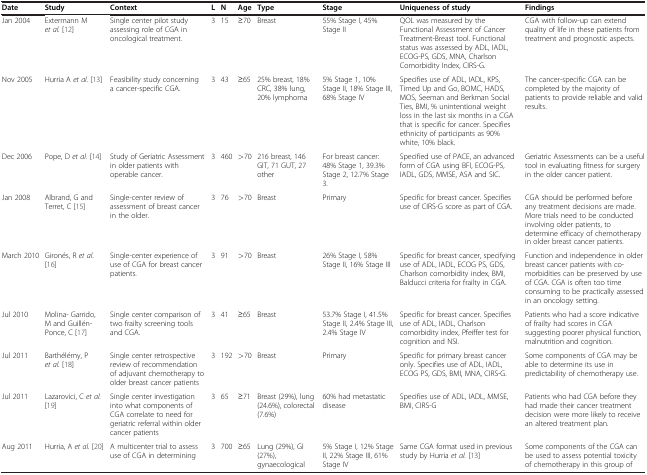
<table><thead><tr><td><b>Date</b></td><td><b>Study</b></td><td><b>Context</b></td><td><b>L</b></td><td><b>N</b></td><td><b>Age</b></td><td><b>Type</b></td><td><b>Stage</b></td><td><b>Uniqueness of study</b></td><td><b>Findings</b></td></tr></thead><tbody><tr><td>Jan 2004</td><td>Extermann M <i>et al.</i>[12]</td><td>Single center pilot study assessing role of CGA in oncological treatment.</td><td>3</td><td>15</td><td>≥70</td><td>Breast</td><td>55% Stage I, 45% Stage II</td><td>QOL was measured by the Functional Assessment of Cancer Treatment-Breast tool. Functional status was assessed by ADL, IADL, ECOG-PS, GDS, MNA, Charlson Comorbidity Index, CIRS-G.</td><td>CGA with follow-up can extend quality of life in these patients from treatment and prognostic aspects.</td></tr><tr><td>Nov 2005</td><td>Hurria A <i>et al.</i>[13]</td><td>Feasibility study concerning a cancer-specific CGA.</td><td>3</td><td>43</td><td>≥65</td><td>25% breast, 18% CRC, 38% lung, 20% lymphoma</td><td>5% Stage 1, 10% Stage II, 18% Stage III, 68% Stage IV</td><td>Specifies use of ADL, IADL, KPS, Timed Up and Go, BOMC, HADS, MOS, Seeman and Berkman Social Ties, BMI, % unintentional weight loss in the last six months in a CGA that is specific for cancer. Specifies ethnicity of participants as 90% white, 10% black.</td><td>The cancer-specific CGA can be completed by the majority of patients to provide reliable and valid results.</td></tr><tr><td>Dec 2006</td><td>Pope, D <i>et al.</i>[14]</td><td>Study of Geriatric Assessment in older patients with operable cancer.</td><td>3</td><td>460</td><td>&gt;70</td><td>216 breast, 146 GIT, 71 GUT, 27 other</td><td>For breast cancer: 48% Stage 1, 39.3% Stage 2, 12.7% Stage 3.</td><td>Specified use of PACE, an advanced form of CGA using BFI, ECOG-PS, IADL, GDS, MMSE, ASA and SIC.</td><td>Geriatric Assessments can be a useful tool in evaluating fitness for surgery in the older cancer patient.</td></tr><tr><td>Jan 2008</td><td>Albrand, G and Terret, C [15]</td><td>Single-center review of assessment of breast cancer in the older.</td><td>3</td><td>76</td><td>&gt;70</td><td>Breast</td><td>Primary</td><td>Specific for breast cancer. Specifies use of CIRS-G score as part of CGA.</td><td>CGA should be performed before any treatment decisions are made. More trials need to be conducted involving older patients, to determine efficacy of chemotherapy in older breast cancer patients.</td></tr><tr><td>March 2010</td><td>Gironés, R <i>et al.</i>[16]</td><td>Single-center experience of use of CGA for breast cancer patients.</td><td>3</td><td>91</td><td>&gt;70</td><td>Breast</td><td>26% Stage I, 58% Stage II, 16% Stage III</td><td>Specific for breast cancer, specifying use of ADL, IADL, ECOG PS, GDS, Charlson comorbidity index, BMI, Balducci criteria for frailty in CGA.</td><td>Function and independence in older breast cancer patients with co-morbidities can be preserved by use of CGA. CGA is often too time consuming to be practically assessed in an oncology setting.</td></tr><tr><td>Jul 2010</td><td>Molina- Garrido, M and Guillén-Ponce, C [17]</td><td>Single center comparison of two frailty screening tools and CGA.</td><td>3</td><td>41</td><td>≥65</td><td>Breast</td><td>53.7% Stage I, 41.5% Stage II, 2.4% Stage III, 2.4% Stage IV</td><td>Specific for breast cancer. Specifies use of ADL, IADL, Charlson comorbidity index, Pfeiffer test for cognition and NSI.</td><td>Patients who had a score indicative of frailty had scores in CGA suggesting poorer physical function, malnutrition and cognition.</td></tr><tr><td>Jul 2011</td><td>Barthélémy, P <i>et al.</i>[18]</td><td>Single center retrospective review of recommendation of adjuvant chemotherapy to older breast cancer patients</td><td>3</td><td>192</td><td>&gt;70</td><td>Breast</td><td>Primary</td><td>Specific for primary breast cancer only. Specifies use of ADL, IADL, ECOG PS, GDS, BMI, MNA, CIRS-G.</td><td>Some components of CGA may be able to determine its use in predictability of chemotherapy use.</td></tr><tr><td>Jul 2011</td><td>Lazarovici, C <i>et al.</i>[19]</td><td>Single center investigation into what components of CGA correlate to need for geriatric referral within older cancer patients</td><td>3</td><td>65</td><td>≥71</td><td>Breast (29%), lung (24.6%), colorectal (7.6%)</td><td>60% had metastatic disease</td><td>Specifies use of ADL, IADL, MMSE, BMI, CIRS-G</td><td>Patients who had CGA before they had made their cancer treatment decision were more likely to receive an altered treatment plan.</td></tr><tr><td>Aug 2011</td><td>Hurria, A <i>et al.</i>[20]</td><td>A multicenter trial to assess use of CGA in determining chemotherapy toxicity in older cancer patients</td><td>3</td><td>700</td><td>≥65</td><td>Lung (29%), GI (27%), gynaecological (17%), breast (11%), genitourinary (10%), or other (6%)</td><td>5% Stage I, 12% Stage II, 22% Stage III, 61% Stage IV</td><td>Same CGA format used in previous study by Hurria <i>et al.</i>[13]</td><td>Some components of the CGA can be used to assess potential toxicity of chemotherapy in this group of older cancer patients.</td></tr></tbody></table>